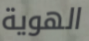
الهوية